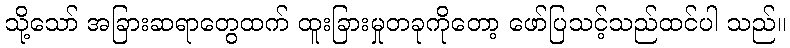
သို့သော် အခြားဆရာတွေထက် ထူးခြားမှုတခုကိုတော့ ဖော်ပြသင့်သည်ထင်ပါ သည်။